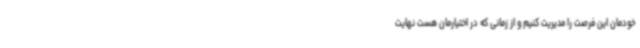
خودمان این فرصت را مدیریت کنیم و از زمانی که در اختیارمان هست نهایت